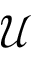
\mathcal { U }